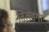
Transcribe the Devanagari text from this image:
तिलडंगा